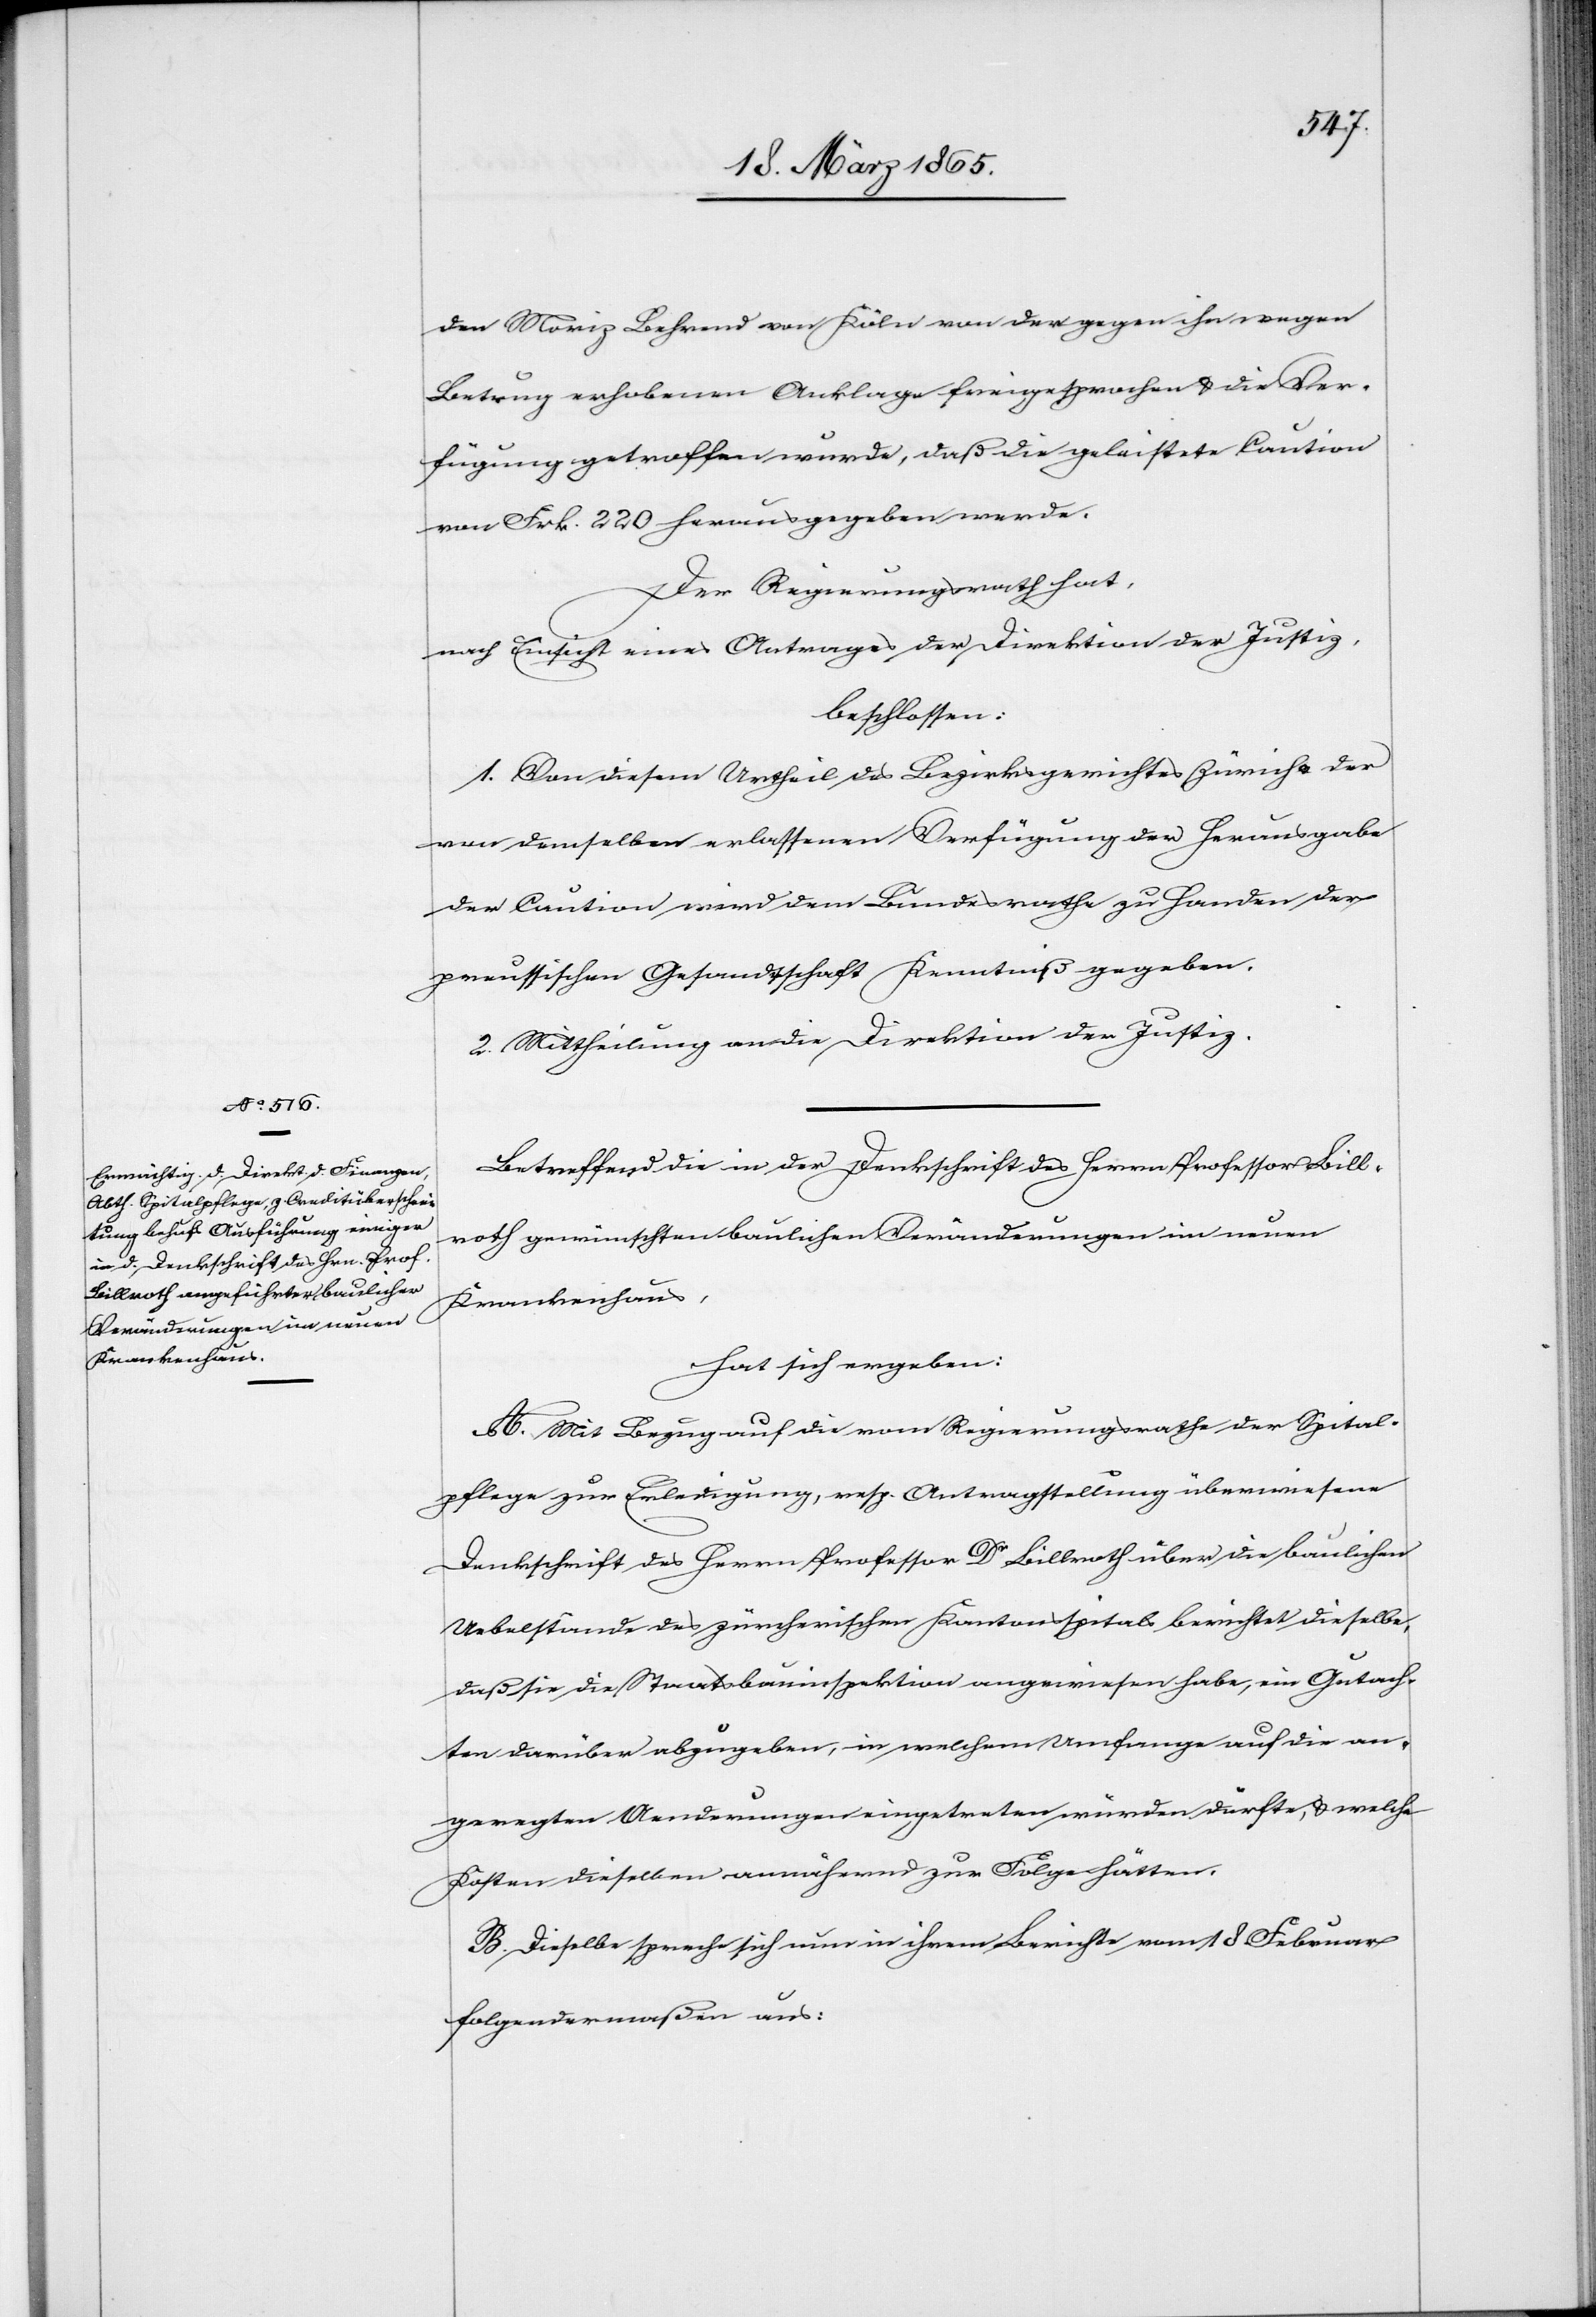
den Moriz Behrend von Köln von der gegen ihn wegen
Betrug erhobenen Anklage freigesprochen & die Ver¬
fügung getroffen wurde, daß die geleistete Caution
von Frk. 220 herausgegeben werde.
Der Regierungsrath hat,
nach Einsicht eines Antrages der Direktion der Justiz,
beschlossen:
1. Von diesem Urtheil des Bezirksgerichtes Zürich u. der
von demselben erlassenen Verfügung der Herausgabe
der Caution wird dem Bundesrathe zu Handen der
preussischen Gesandtschaft Kenntniß gegeben.
2. Mittheilung an die Direktion der Justiz.
Betreffend die in der Denkschrift des Herrn Professor Bill¬
roth gewünschten baulichen Veränderungen im neuen
Krankenhaus,
hat sich ergeben:
A. Mit Bezug auf die vom Regierungsrathe der Spital¬
pflege zur Erledigung, resp. Antragstellung überwiesene
Druckschrift des Herrn Professor Dr Billroth über die baulichen
Uebelstände des zürcherischen Kantonsspitals berichtet dieselbe,
daß sie die Staatsbauinspektion angewiesen habe, ein Gutach¬
ten darüber abzugeben, in welchem Umfange auf die an¬
geregten Aenderungen eingetreten würden dürfte, & welche
Kosten dieselben annähernd zur Folge hätten.
B. Dieselbe spreche sich nun in ihrem Berichte vom 18. Februar
folgendermaßen aus: